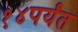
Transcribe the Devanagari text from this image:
१४पर्यंत